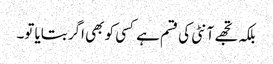
بلکہ تجھے آنٹی کی قسم ہے کسی کو بھی اگر بتایا تو۔